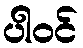
ပါဝင်